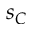
s _ { C }